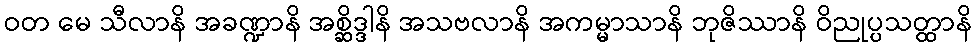
ဝတ မေ သီလာနိ အခဏ္ဍာနိ အစ္ဆိဒ္ဒါနိ အသဗလာနိ အကမ္မာသာနိ ဘုဇိဿာနိ ဝိညုပ္ပသတ္ထာနိ